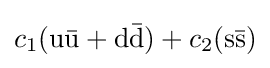
c_{1}(\mathrm {u{\bar {u}}+d{\bar {d}}} )+c_{2}(\mathrm {s{\bar {s}}} )